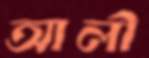
আলী